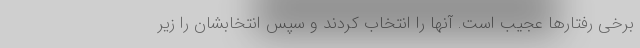
برخی رفتارها عجیب است. آنها را انتخاب کردند و سپس انتخابشان را زیر